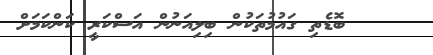
ބޮޑެތި ގައުމުތަކުން ބިލިއަނުން އަސްކަރީ ކަންކަމަށް